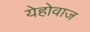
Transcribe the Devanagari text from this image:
येहोवाज